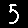
Digit: 5